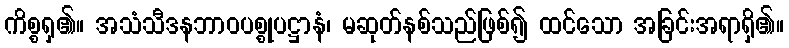
ကိစ္စရှ၏။ အသံသီဒနဘာဝပစ္စုပဋ္ဌာနံ၊ မဆုတ်နစ်သည်ဖြစ်၍ ထင်သော အခြင်းအရာရှိ၏။